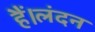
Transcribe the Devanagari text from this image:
हैं।लंदन